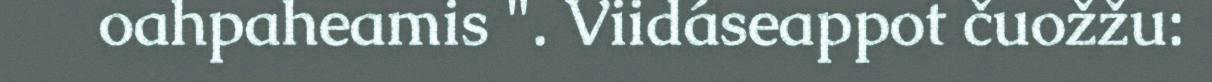
oahpaheamis ". Viidáseappot čuožžu: